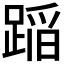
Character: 𨂻